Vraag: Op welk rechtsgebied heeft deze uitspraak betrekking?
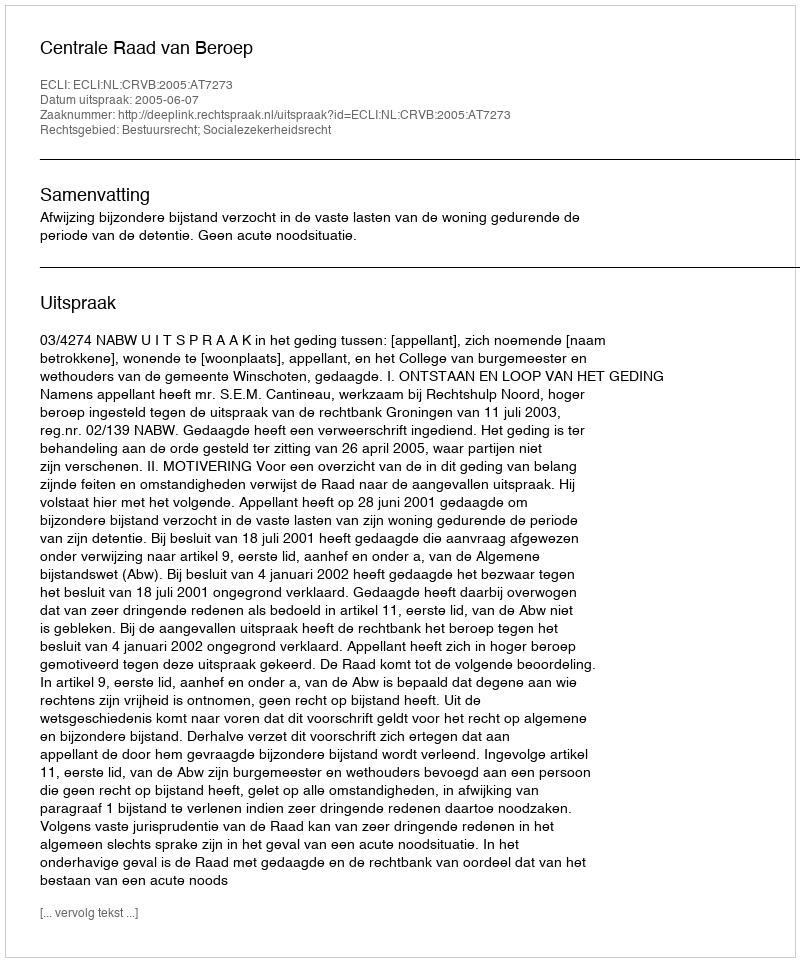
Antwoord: Bestuursrecht; Socialezekerheidsrecht